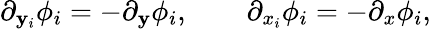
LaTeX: \partial_{\mathbf{y}_{i}}\phi_{i}=-\partial_{\mathbf{y}}\phi_{i},\qquad\partial_{x_{i}}\phi_{i}=-\partial_{x}\phi_{i},